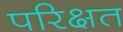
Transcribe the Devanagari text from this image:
परिक्षत